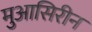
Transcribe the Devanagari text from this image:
मुआसिरीन